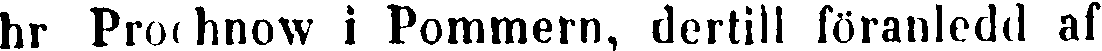
hr Prochnow i Pommern, dertill föranledd af